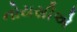
નોયસીએ